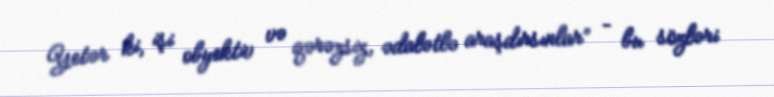
Yetər ki, işi obyektiv və qərəzsiz, ədalətlə araşdırsınlar” – bu sözləri